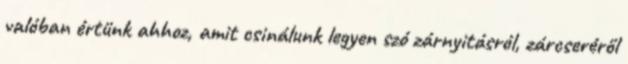
valóban értünk ahhoz, amit csinálunk legyen szó zárnyitásról, zárcseréről